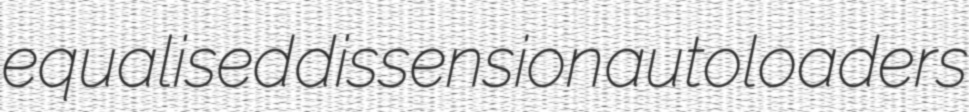
equalised dissension autoloaders